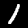
Digit: 1